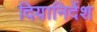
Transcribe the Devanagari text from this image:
दियानिर्देश